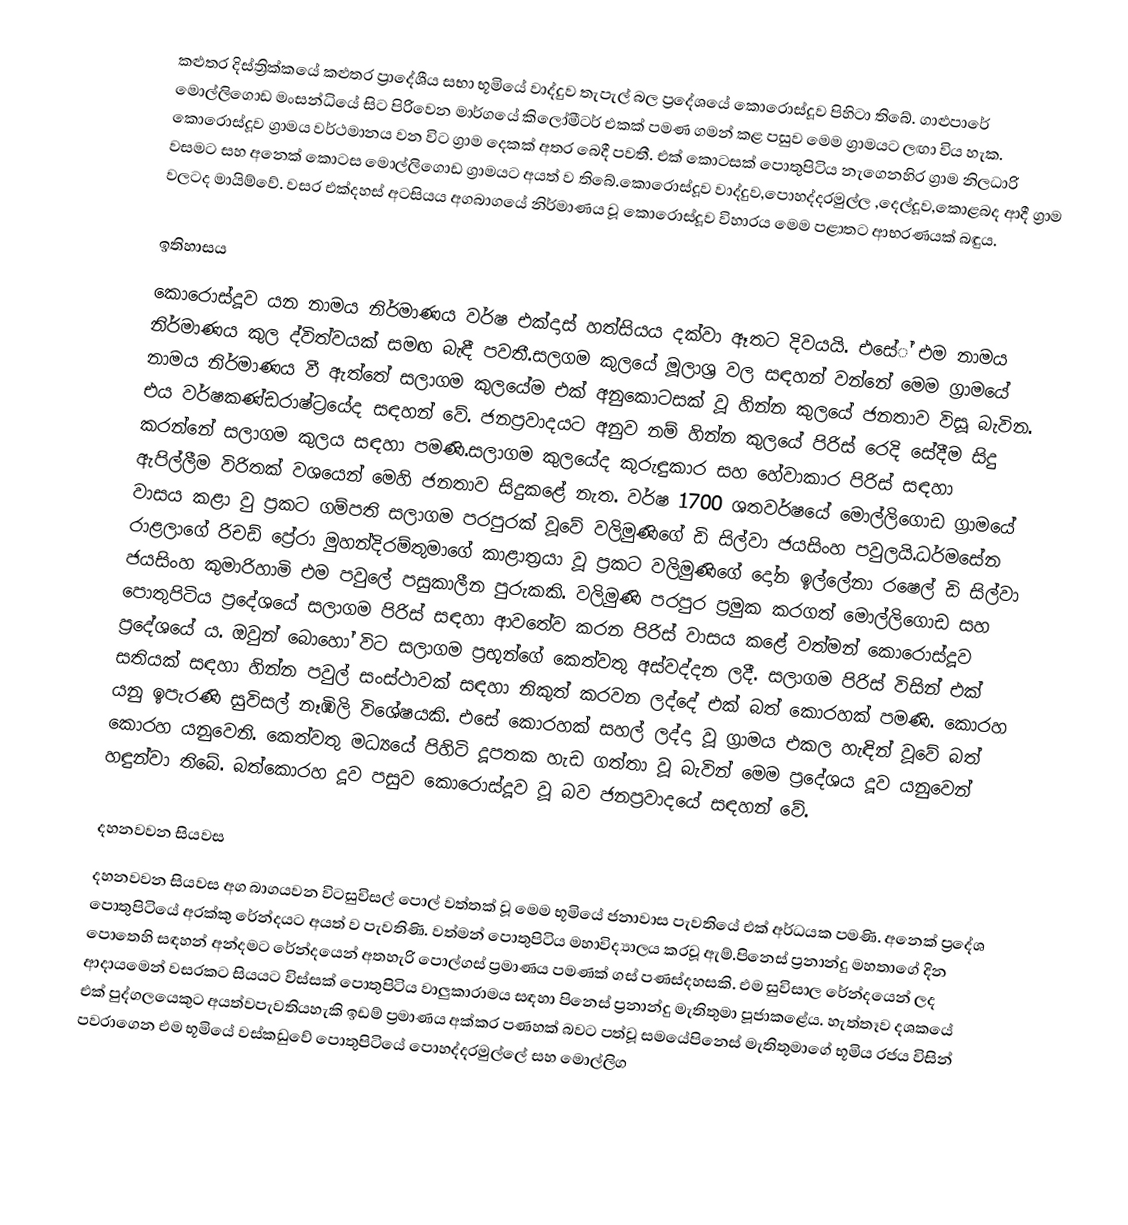
කළුතර දිස්ත්‍රික්කයේ කළුතර ප්‍රාදේශීය සභා භූමියේ වාද්දුව තැපැල් බල ප්‍රදේශයේ කොරොස්දූව පිහිටා තිබේ. ගාළුපාරේ මොල්ලිගොඩ මංසන්ධියේ සිට පිරිවෙන මාර්ගයේ කිලෝමීටර් එකක් පමණ ගමන් කළ පසුව මෙම ග්‍රාමයට ලඟා විය හැක. කොරොස්දූව ග්‍රාමය වර්ථමානය වන විට ග්‍රාම දෙකක් අතර බෙදී පවතී. එක් කොටසක් පොතුපිටිය නැගෙනහිර ග්‍රාම නිලධාරි වසමට සහ අනෙක් කොටස මොල්ලිගොඩ ග්‍රාමයට අයත් ව තිබේ.කොරොස්දූව  වාද්දුව,පොහද්දරමුල්ල ,දෙල්දූව,කොළබද ආදී ග්‍රාම වලටද මායිම්වේ. වසර එක්දහස් අටසියය අගබාගයේ නිර්මාණය වූ කොරොස්දූව විහාරය මෙම පළාතට ආභරණයක් බඳුය.

ඉතිහාසය
 කොරොස්දූව යන නාමය නිර්මාණය වර්ෂ එක්දාස් හත්සියය දක්වා ඈතට දිවයයි. එසේ් එම නාමය නිර්මාණය කුල ද්විත්වයක් සමඟ බැඳී පවතී.සලගම කුලයේ මූලාශ්‍ර වල සඳහන් වන්නේ මෙම ග්‍රාමයේ නාමය නිර්මාණය වී ඇත්තේ සලාගම කුලයේම එක් අනුකොටසක් වූ හින්න කුලයේ ජනතාව විසූ බැවින. එය වර්ෂකණ්ඩරාෂ්ට්‍රයේද සඳහන් වේ. ජනප්‍රවාදයට අනුව නම් හින්න කුලයේ පිරිස් රෙදි සේදීම සිදු කරන්නේ සලාගම කුලය සඳහා පමණි.සලාගම කුලයේද කුරුඳුකාර සහ හේවාකාර පිරිස් සඳහා ඇපිල්ලීම විරිතක් වශයෙන් මෙහි ජනතාව සිදුකළේ නැත. වර්ෂ 1700 ශතවර්ෂයේ මොල්ලිගොඩ ග්‍රාමයේ වාසය කළා වු ප්‍රකට ගම්පති සලාගම පරපුරක් වූවේ වලිමුණිගේ ඩි සිල්වා ජයසිංහ පවුලයි.ධර්මසේන රාළලාගේ රිචඩ් ප්‍රේරා මුහන්දිරම්තුමාගේ කාළාත්‍රයා වූ ප්‍රකට වලිමුණිගේ දෝන ඉල්ලේනා රෂෙල් ඩි සිල්වා ජයසිංහ කුමාරිහාමි එම පවුලේ පසුකාලීන පුරුකකි. වලිමුණි පරපුර ප්‍රමුක කරගත් මොල්ලිගොඩ සහ පොතුපිටිය ප්‍රදේශයේ සලාගම පිරිස් සඳහා ආවතේව කරන පිරිස් වාසය කළේ වත්මන් කොරොස්දූව ප්‍රදේශයේ ය. ඔවුන් බොහෝ විට සලාගම ප්‍රභූන්ගේ කෙත්වතු අස්වද්දන ලදී. සලාගම පිරිස් විසින් එක් සතියක් සඳහා හින්න පවුල් සංස්ථාවක් සඳහා නිකුත් කරවන ලද්දේ එක් බත් කොරහක් පමණි. කොරහ යනු ඉපැරණි සුවිසල් නෑඹිලි විශේෂයකි. එසේ කොරහක් සහල් ලද්දා වූ ග්‍රාමය එකල හැඳින් වූවේ බත් කොරහ යනුවෙනි. කෙත්වතු මධ්‍යයේ පිහිටි දූපතක හැඩ ගත්තා වූ බැවින් මෙම ප්‍රදේශය දූව යනුවෙන් හඳුන්වා තිබේ. බත්කොරහ දූව පසුව කොරොස්දූව වූ බව ජනප්‍රවාදයේ සඳහන් වේ.

දහනවවන සියවස
දහනවවන සියවස අග බාගයවන විටසුවිසල් පොල් වත්තක් වූ මෙම භූමියේ ජනාවාස පැවතියේ එක් අර්ධයක පමණි. අනෙක් ප්‍රදේශ පොතුපිටියේ අරක්කු රේන්දයට අයත් ව පැවතිණි. වත්මන් පොතුපිටිය මහාවිද්‍යාලය කරවූ ඇම්.පිනෙස් ප්‍රනාන්දු මහතාගේ දින පොතෙහි සඳහන් අන්දමට රේන්දයෙන් අතහැරි පොල්ගස් ප්‍රමාණය පමණක් ගස් පණස්දහසකි. එම සුවිසාල රේන්දයෙන් ලද ආදායමෙන් වසරකට සියයට විස්සක් පොතුපිටිය වාලුකාරාමය සඳහා පිනෙස් ප්‍රනාන්දු මැතිතුමා පූජාකළේය. හැත්තෑව දශකයේ එක් පුද්ගලයෙකුට අයත්වපැවතියහැකි ඉඩම් ප්‍රමාණය අක්කර පණහක් බවට පත්වූ සමයේපිනෙස් මැතිතුමාගේ භූමිය රජය විසින් පවරාගෙන එම භූමියේ වස්කඩුවේ පොතුපිටියේ පොහද්දරමුල්ලේ සහ මොල්ලිග